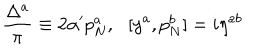
\frac { \Delta ^ { a } } { \pi } \equiv 2 \alpha ^ { \prime } p _ { N } ^ { a } , \: \: \: [ y ^ { a } , p _ { N } ^ { b } ] = i \eta ^ { a b }